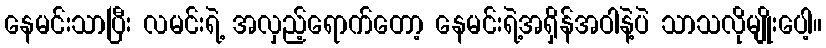
နေမင်းသာပြီး လမင်းရဲ့ အလှည့်ရောက်တော့ နေမင်းရဲ့အရှိန်အဝါနဲ့ပဲ သာသလိုမျိုးပေါ့။